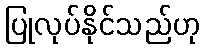
ပြုလုပ်နိုင်သည်ဟု